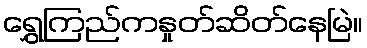
ရွှေကြည်ကနှုတ်ဆိတ်နေမြဲ။